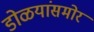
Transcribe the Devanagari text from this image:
डोळयांसमोर